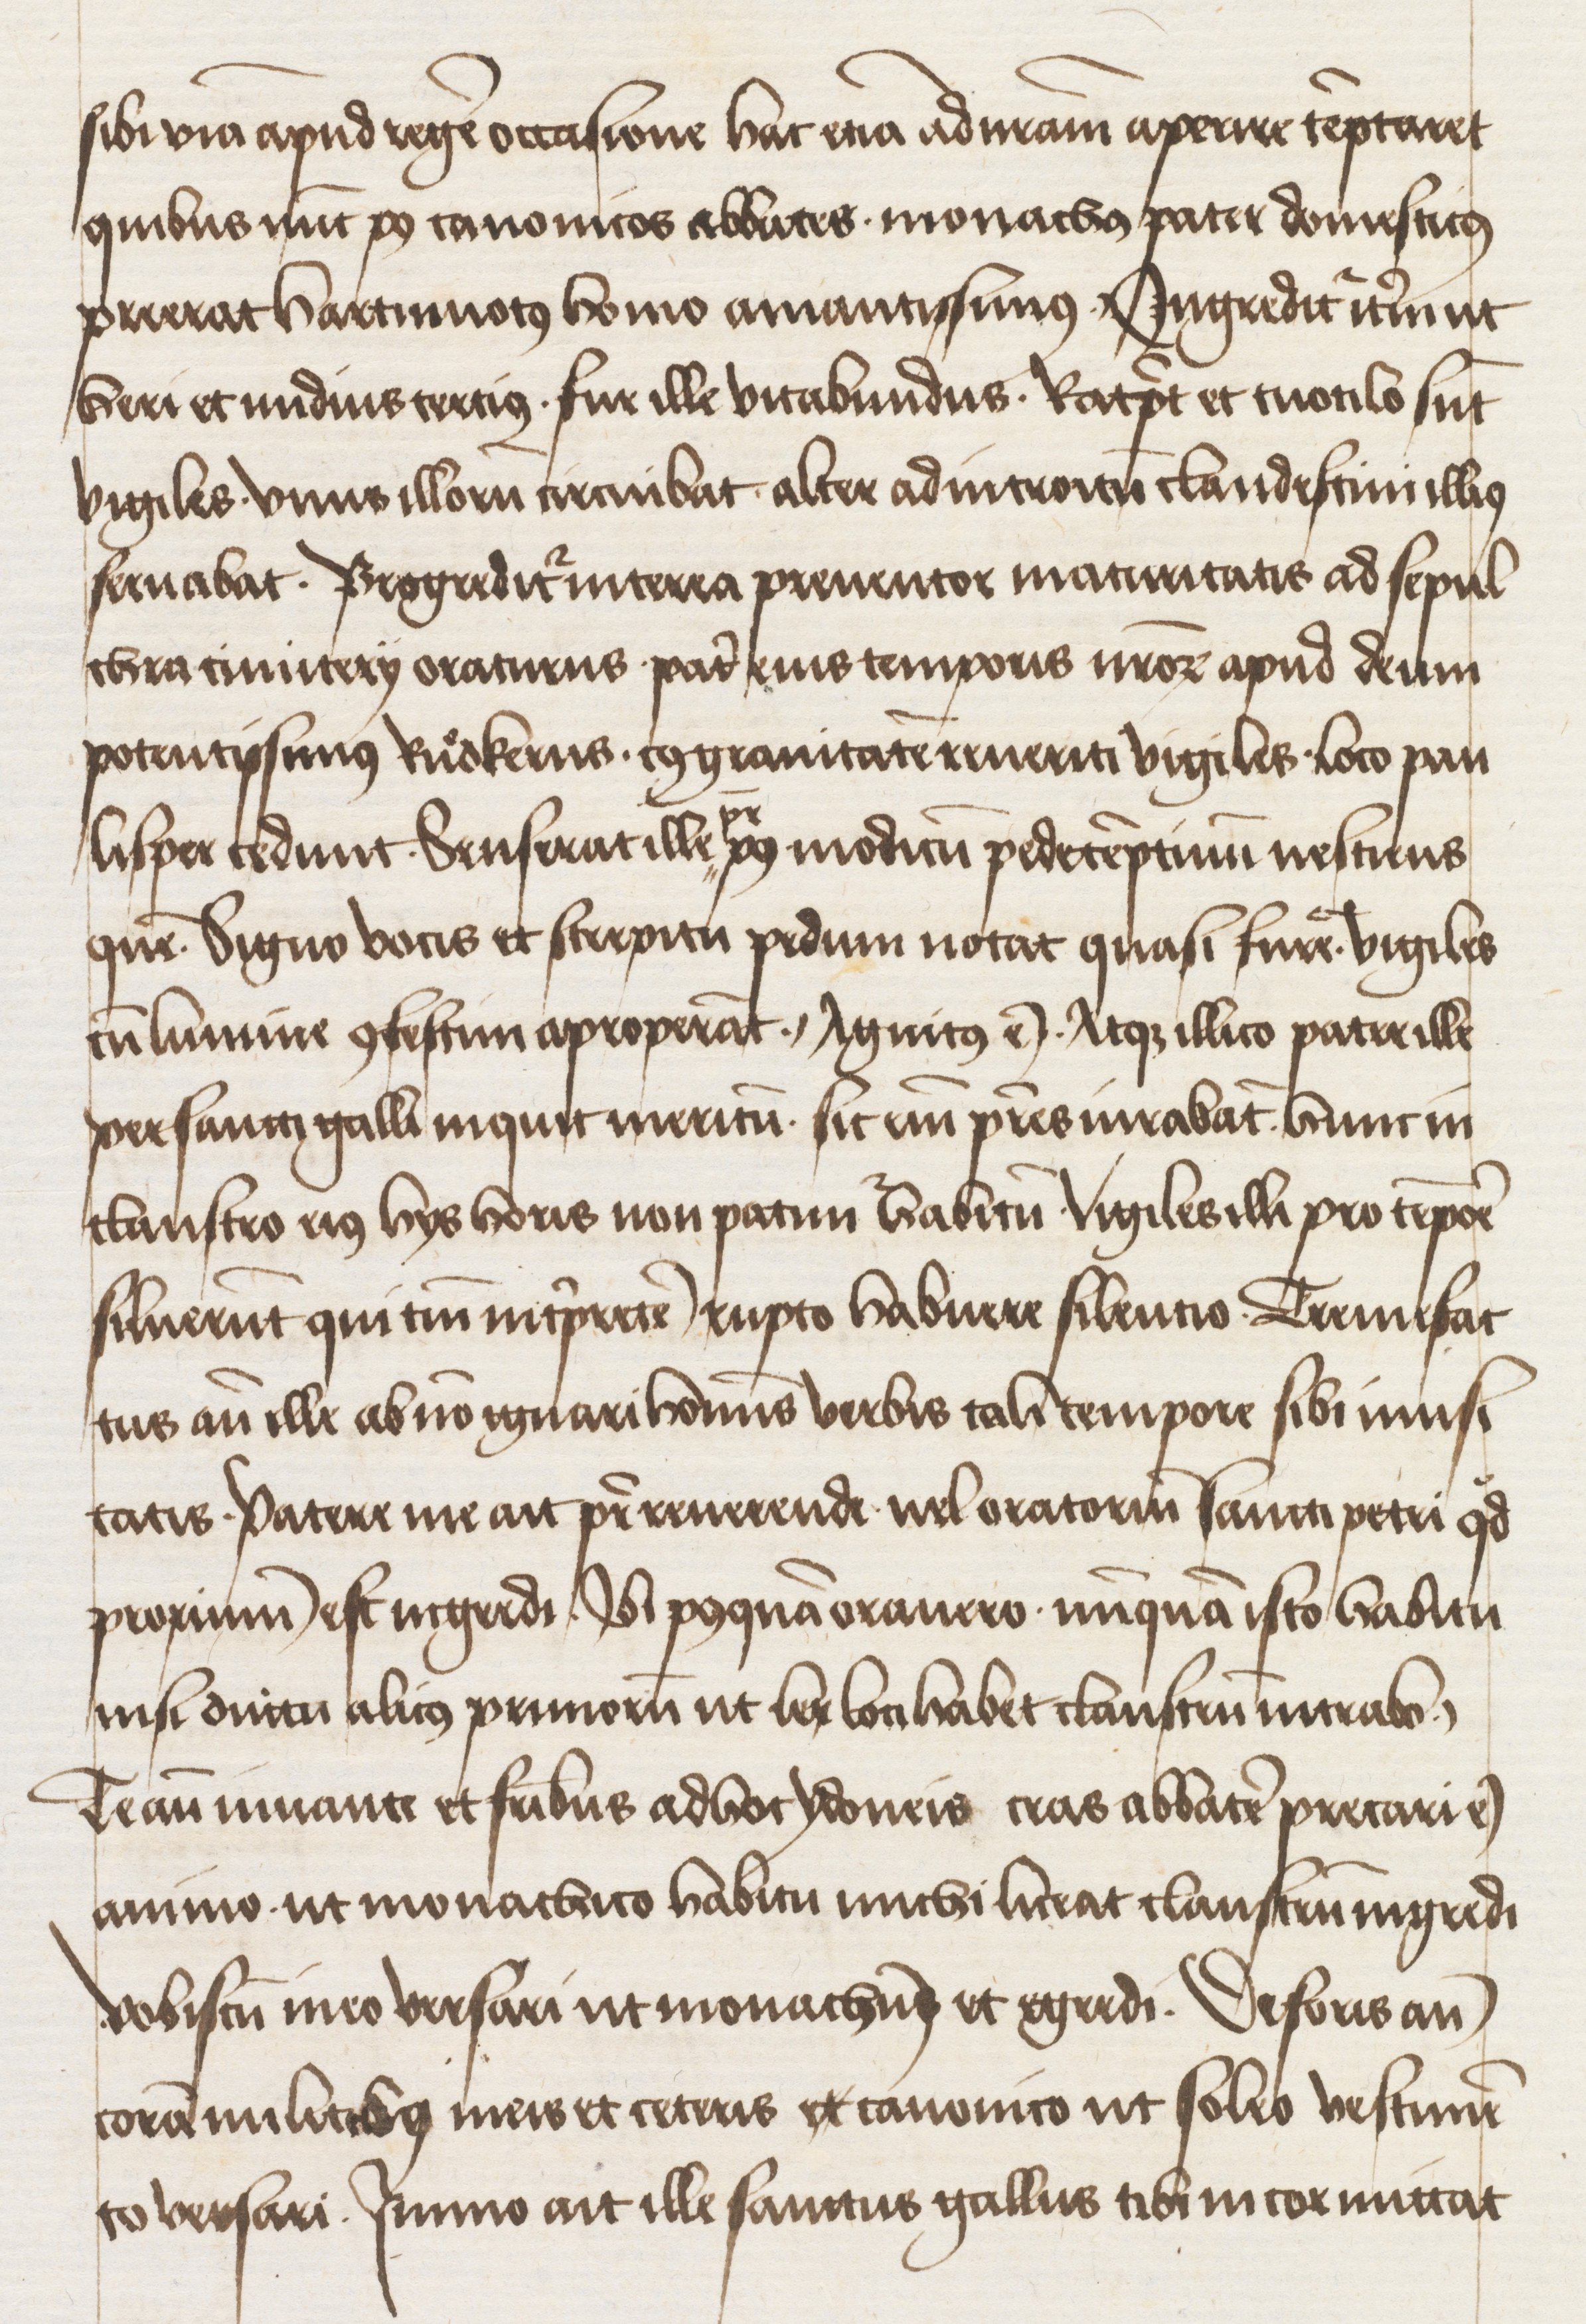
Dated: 1400–1499